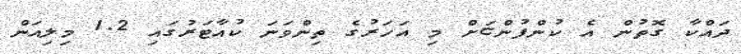
ދައްކާ ގޮތުން އެ ކުންފުންޏަށް މި އަހަރުގެ ތިންވަނަ ކުއާޓަރުގައި 1.2 މިލިއަން